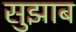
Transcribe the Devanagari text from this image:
सुझाब